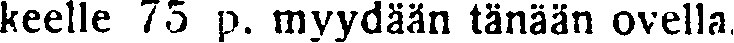
keelle 75 p. myydään tänään ovella